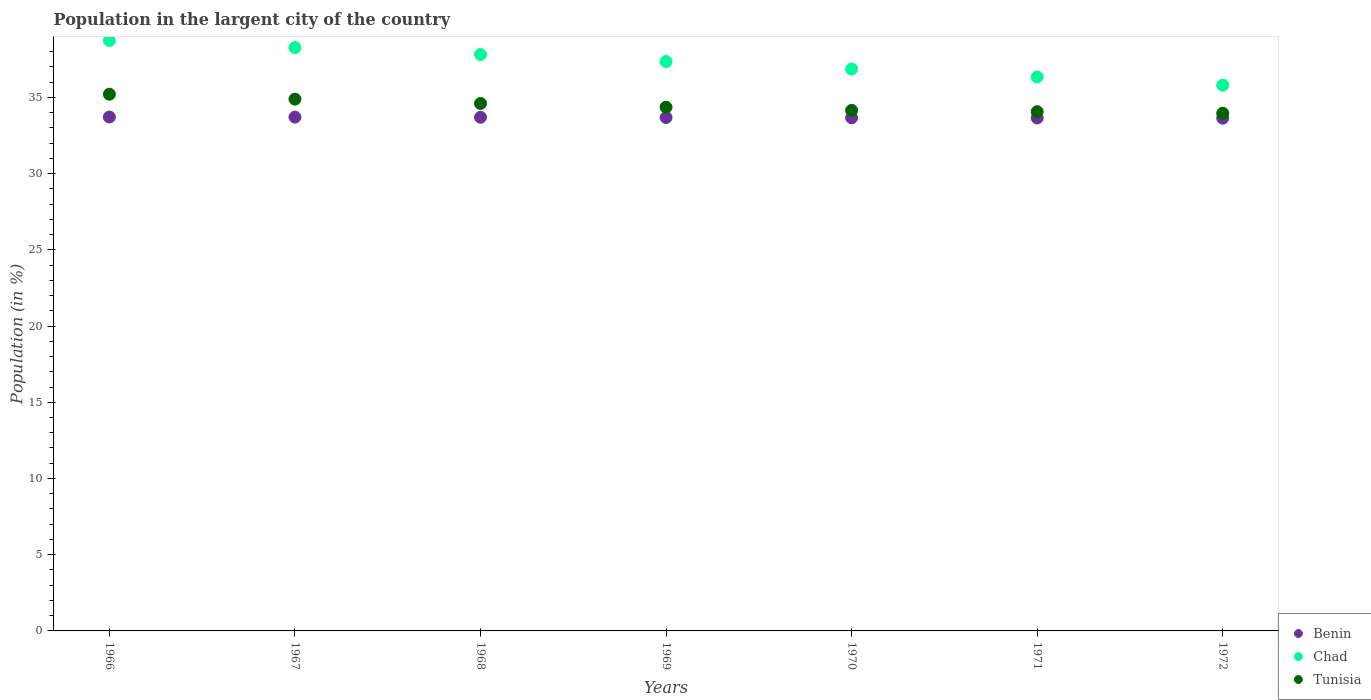
| Years | Benin | Chad | Tunisia |
 | --- | --- | --- | --- |
 | 1966 | 33.7 | 38.7 | 35.2 |
 | 1967 | 33.7 | 38.3 | 34.9 |
 | 1968 | 33.7 | 37.8 | 34.6 |
 | 1969 | 33.7 | 37.4 | 34.4 |
 | 1970 | 33.7 | 36.9 | 34.2 |
 | 1971 | 33.6 | 36.3 | 34.1 |
 | 1972 | 33.6 | 35.8 | 34 |